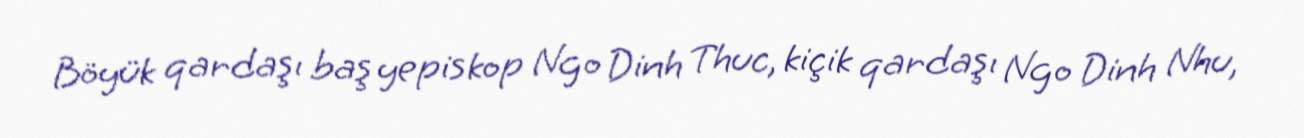
Böyük qardaşı baş yepiskop Ngo Dinh Thuc, kiçik qardaşı Ngo Dinh Nhu,